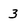
Character: 3